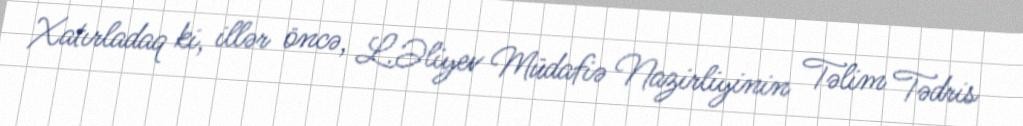
Xatırladaq ki, illər öncə, L.Əliyev Müdafiə Nazirliyinin Təlim Tədris